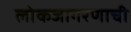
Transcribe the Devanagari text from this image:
लोकजागरणाची